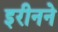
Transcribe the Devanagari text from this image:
इरीनने